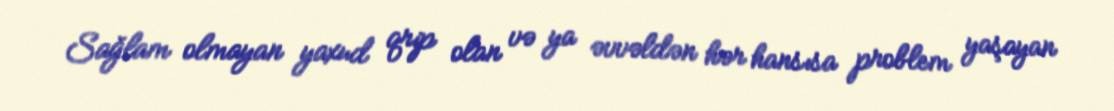
Sağlam olmayan yaxud qrip olan və ya əvvəldən hər hansısa problem yaşayan